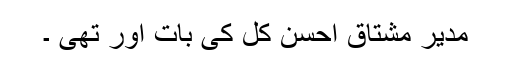
مدیر مشتاق احسن کل کی بات اور تھی ۔